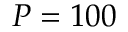
P = 1 0 0